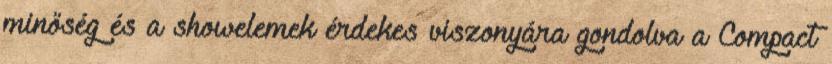
minőség és a showelemek érdekes viszonyára gondolva a Compact